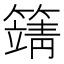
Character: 𥴰